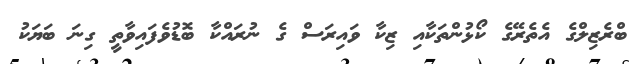
ބްރެޒިލްގެ އެތެރޭގެ ކޯޅުންތަކާއި ޒިކާ ވައިރަސް ގެ ނުރައްކާ ބޮޑުވެފައިވާތީ ގިނަ ބަޔަކު